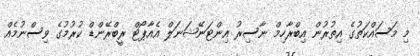
މި މަސައްކަތުގެ އިތުރުން އިބްރާހިމް ނާސިރު އިންޓަނޭޝަނަލް އެއާޕޯޓް ރީބްރޭންޑް ކުރުމުގެ ވިސްނުމެއް